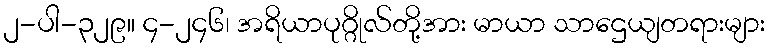
၂-ပါ-၃၂၉။ ၄-၂၄၆၊ အရိယာပုဂ္ဂိုလ်တို့အား မာယာ သာဌေယျတရားများ